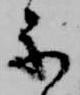
楽